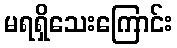
မရရှိသေးကြောင်း